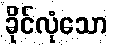
ခိုင်လုံသော